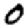
Digit: 0